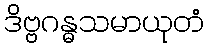
ဒိဗ္ဗဂန္ဓသမာယုတံ